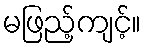
မဖြည့်ကျင့်။